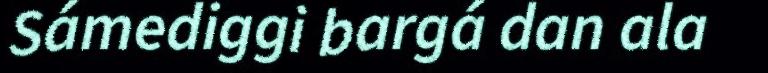
Sámediggi bargá dan ala